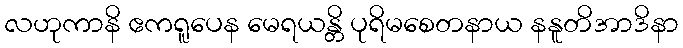
လဟုကာနိ ဧကရူပေန မေရယန္တိ ပုရိမစေတနာယ နနူတိအာဒိနာ